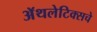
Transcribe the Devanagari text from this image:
अॅथलेटिक्सचे